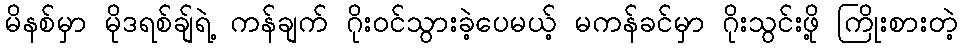
မိနစ်မှာ မိုဒရစ်ချ်ရဲ့ ကန်ချက် ဂိုးဝင်သွားခဲ့ပေမယ့် မကန်ခင်မှာ ဂိုးသွင်းဖို့ ကြိုးစားတဲ့